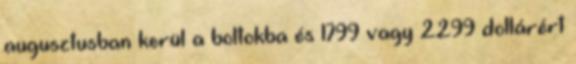
augusztusban kerül a boltokba és 1799 vagy 2299 dollárért